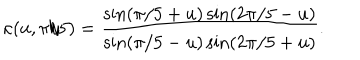
\kappa ( u , { \pi / 5 } ) = { \frac { \sin ( \pi / 5 + u ) \sin ( 2 \pi / 5 - u ) } { \sin ( \pi / 5 - u ) \sin ( 2 \pi / 5 + u ) } } .